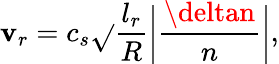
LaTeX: \mathbf{v}_{r}=c_{s}\sqrt{}{{\frac{{l_{r}}}{{R}}\bigg|\frac{{\deltan}}{{n}}\bigg|}},